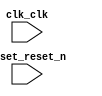

module qsystop (
	clk_clk,
	reset_reset_n);	

	input		clk_clk;
	input		reset_reset_n;
endmodule